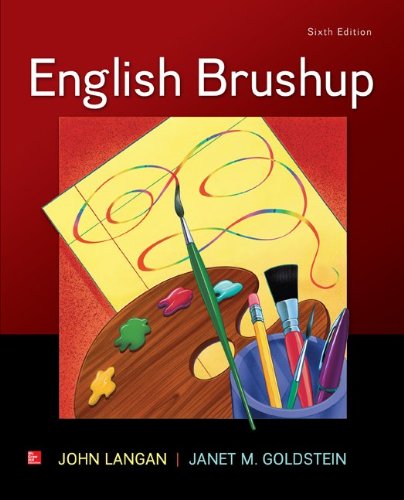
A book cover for English Brushup; John Langan; Reference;